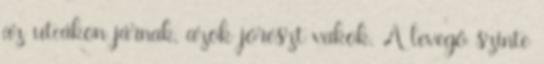
az utcákon járnak, azok jórészt vakok. A levegő szinte